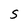
Character: S